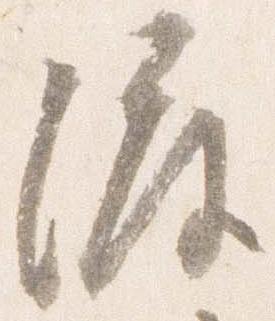
渡